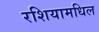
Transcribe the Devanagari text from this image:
रशियामधिल